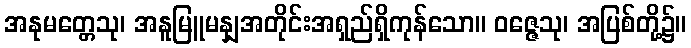
အနုမတ္တေသု၊ အနူမြူမနျှအတိုင်းအရှည်ရှိကုန်သော။ ဝဇ္ဇေသု၊ အပြစ်တို့၌။